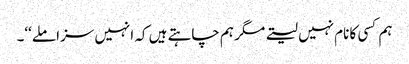
ہم کسی کا نام نہیں لیتے مگر ہم چاہتے ہیں کہ انہیں سزا ملے‘‘۔